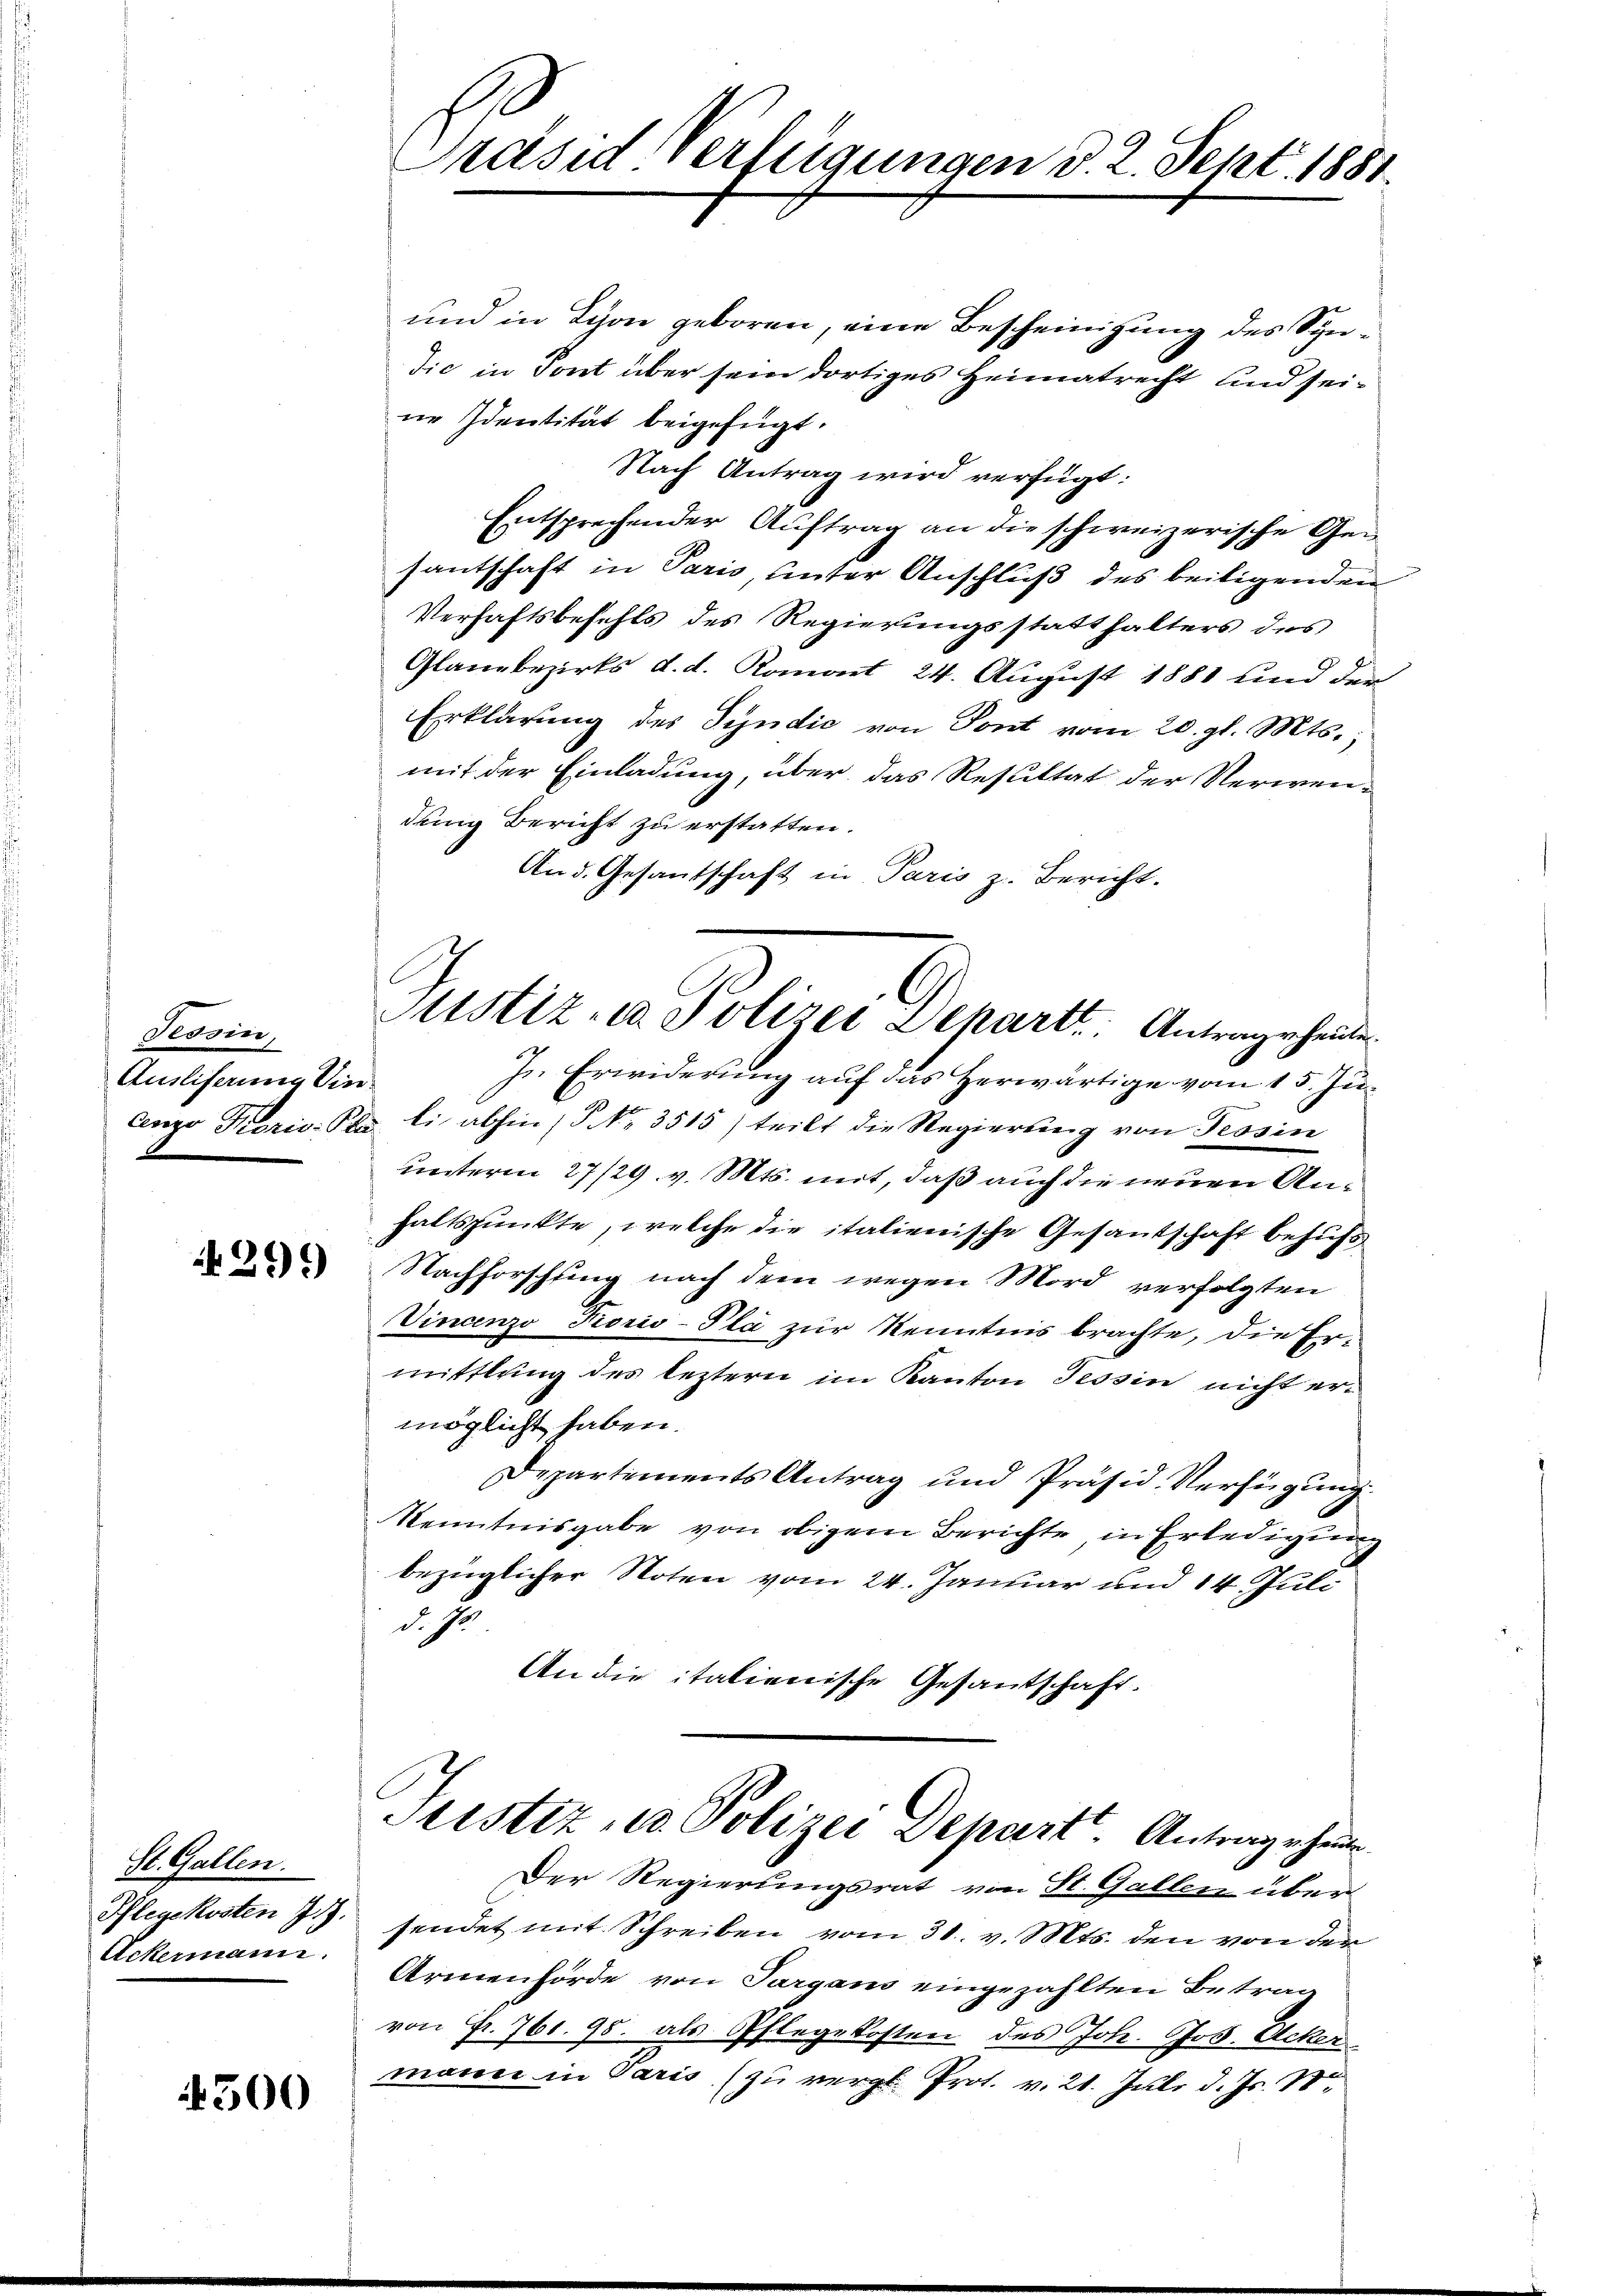
Tessin,
Auslisau in

299)

St. Gallen.
Pflegekosten 7.
Ackermann.

4300

Präsid Verfügungen d. 2. Sept. 1881

und in Schon geboren, eine Bescheinigung des Syndić in Tont über sein dortiges Heimatrecht und seine Identität beigefügt.
Nach Antrag wird verfügt:
Entsprechender Auftrag an die schweizerische Gesantschaft in Paris, unter Anschluß des beiligenden
Verhaftsbefehls des Regierungsstatthalters des
Glanzbezirks d. d. Romont 24. August 1881 und der
Erklärung des Syndić von Sont vom 20. gl. Mts.
mit der Einladung, über das Resultat der Verwendung Bericht zu erstatten.
And. Gesantschaft in Paris z. Bericht.
In Erwiderung auf das Herwärtige vom 15. Ju¬
Cenzo Kariv. Pla li abhin (§ No. 3515) teilt die Regierŭng von Tessin
unterm 27/29. v. Mts. mit, daß auch die neuen Anhaltspunkte, welche die italienische Gesandschaft behufs
Nachforschung nach dem wegen Mord verfolgten
Vinanzo Kioris-Pla zur Kenntnis brachte, die Ermittlung des leztern im Kanton Tessin nicht ermöglicht haben.
Departements Antrag und Präsid. Verfügung.
Kenntnisgabe von obigem Berichte in Erledigung
bezüglicher Noten vom 24. Januar und 14 Juli
d. h.
An die italienische Gesandschaft.
Justiz u. Polizei Depart. Antrage heut
.
Der Regierungsrat von St. Gallen über
sendet mit Schreiben vom 31. v. Mts. den von der
Armenförde von Targans eingezahlten Betrag
von Fr. 761. 95. als Pflegekosten des Joh. Jos. Acker
mann in Paris, (zu vergl. Prot. v. 21. Juli d. Js. 18

Justiz- u Polizei Departt. Antrage heute.